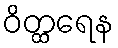
ဝိတ္ထရေန